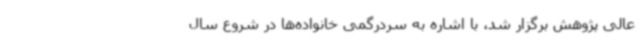
عالی پژوهش برگزار شد، با اشاره به سردرگمی خانواده‌ها در شروع سال